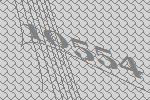
10554